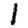
Digit: 1